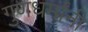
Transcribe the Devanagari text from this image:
गुणधर्मांनी